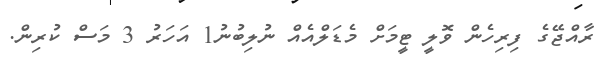
ރާއްޖޭގެ ފިރިހެން ވޮލީ ޓީމަށް މެޑަލްއެއް ނުލިބުނު1 އަހަރު 3 މަސް ކުރިން.